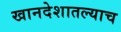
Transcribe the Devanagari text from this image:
खानदेशातल्याच